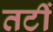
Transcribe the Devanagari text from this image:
तटीं